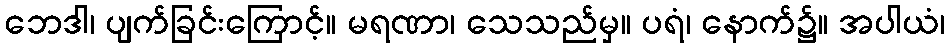
ဘေဒါ၊ ပျက်ခြင်းကြောင့်။ မရဏာ၊ သေသည်မှ။ ပရံ၊ နောက်၌။ အပါယံ၊